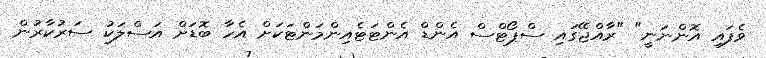
ވެފައި އޮންނަނީ" "ރާއްޖޭގައި ސްޕޯޓްސް އެންޑް އެންޓަޓެއިންމަންޓަކަށް އެހާ ބޮޑަށް އަސްލަކު ސަރުކާރުން